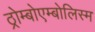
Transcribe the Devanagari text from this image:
ठ्रोम्बोएम्बोलिस्म